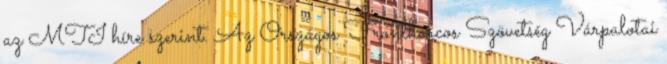
az MTI híre szerint. Az Országos Frontharcos Szövetség Várpalotai